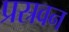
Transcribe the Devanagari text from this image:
प्रस्रवन